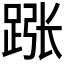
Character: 𬦵